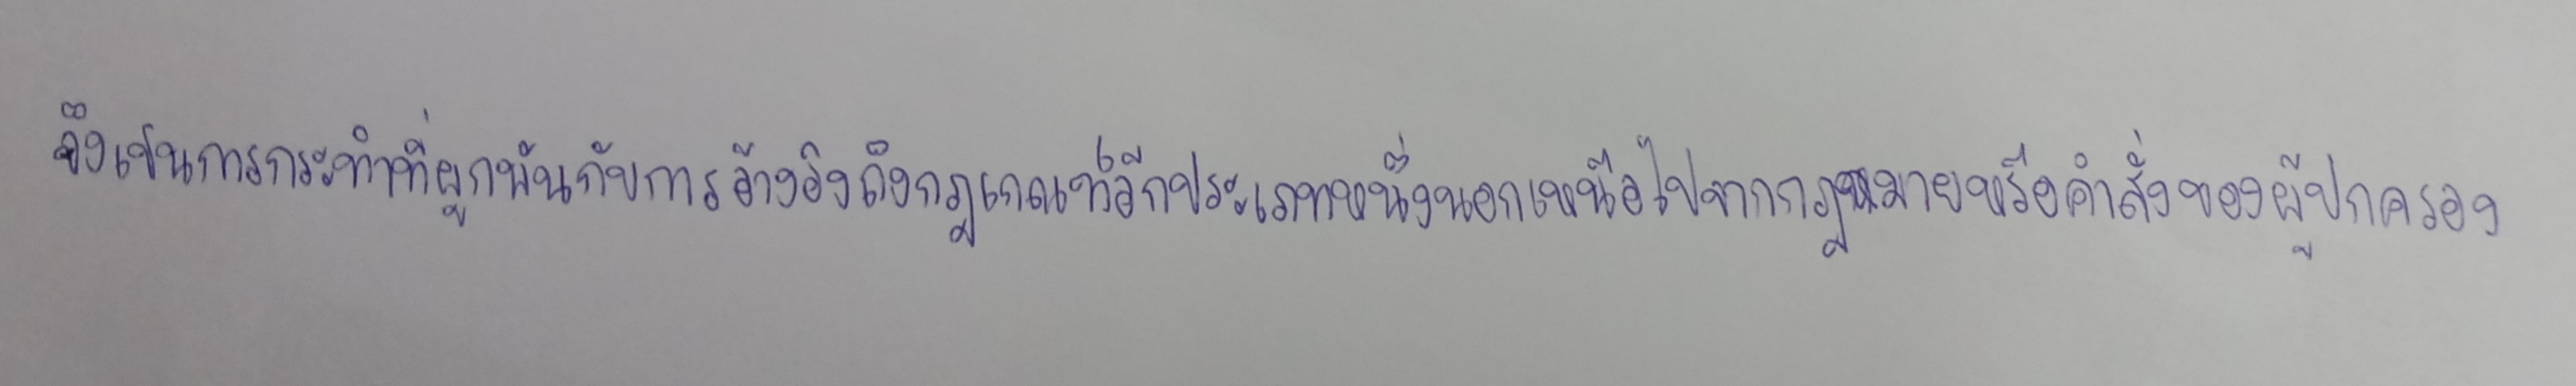
จึงเป็นการกระทำที่ผูกพันกับการอ้างอิงถึงกฎเกณฑ์อีกประเภทหนึ่งนอกเหนือไปจากกฎหมายหรือคำสั่งของผู้ปกครอง